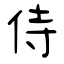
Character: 侍